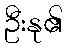
ဦးနု၏